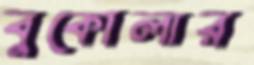
বুকোলার